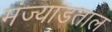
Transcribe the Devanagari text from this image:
मंज्याडताल